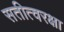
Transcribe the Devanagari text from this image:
सतीत्वरक्षा